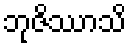
ဘုဇိဿာသိ